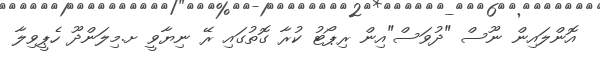
އޮންލައިން ނޫސް "ދުވަސް"އިން ރިޕޯޓު ކުރާ ގޮތުގައި ރޭ ނިޔާވީ ށ.މިލަންދޫ ހެޕީވިލާ